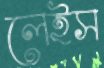
লেইস